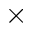
\times